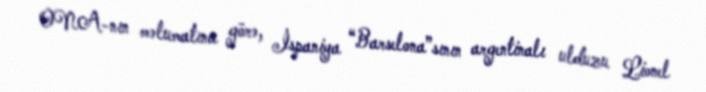
ONA-nın məlumatına görə, İspaniya “Barselona”sının argentinalı ulduzu Lionel